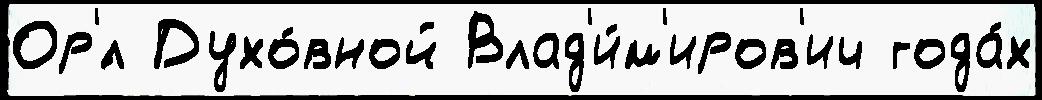
Ор'́л Духо́вной Влад'и́м'иров'ич года́х